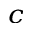
^ { c }